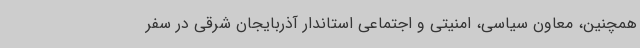
همچنین، معاون سیاسی، امنیتی و اجتماعی استاندار آذربایجان شرقی در سفر